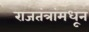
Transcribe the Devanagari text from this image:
राजतंत्रांमधून